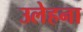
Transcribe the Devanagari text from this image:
उलेहना